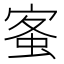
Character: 𡩓